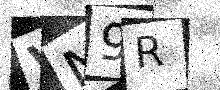
Text: VN9R